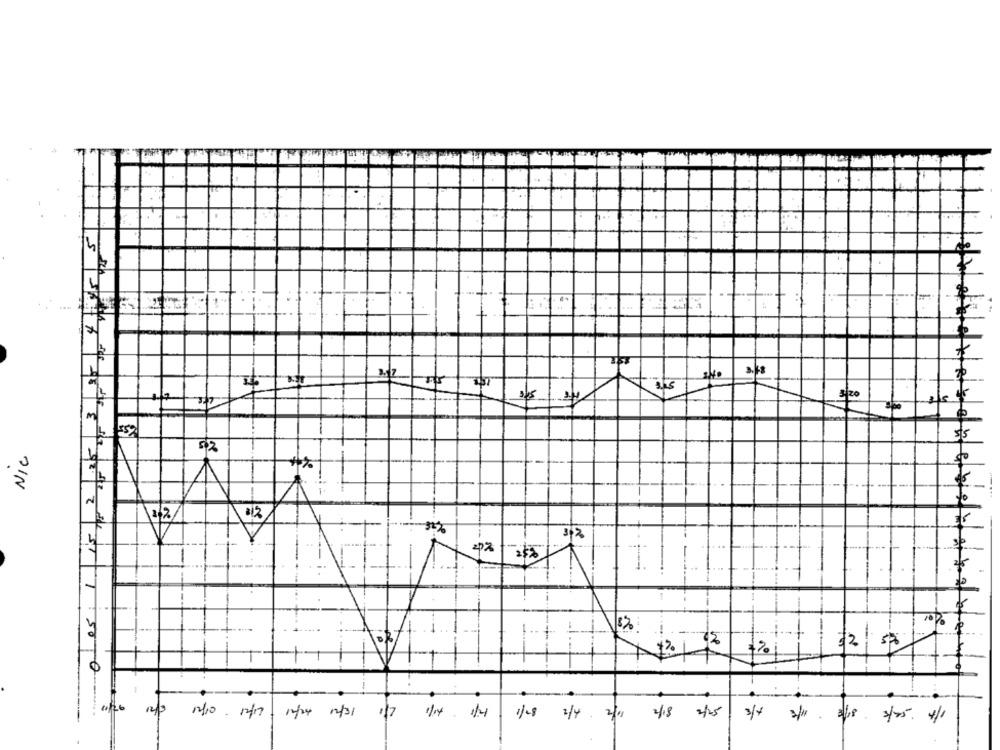
4
340
m
NIC
52
-
12
efterise de bie w
3,2
4
es
-
1
$2 50
218 2/25
1/4 2/31 1/7
1/04 /4 1/8 3/4 2/"
3/4 3/11 . 2/18 3/25. 4/1